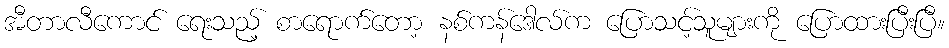
အီတာလီကောင် ရေးသည့် စာရောက်တော့ နစ်ကန်ဒေါလ်က ပြောသင့်သူများကို ပြောထားပြီးပြီ။